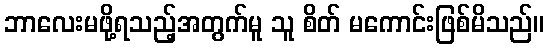
ဘာလေးမဖို့ရသည့်အတွက်မူ သူ စိတ် မကောင်းဖြစ်မိသည်။